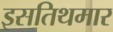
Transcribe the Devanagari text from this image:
इसतिथमार